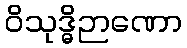
ဝိသုဒ္ဓိဉာဏော